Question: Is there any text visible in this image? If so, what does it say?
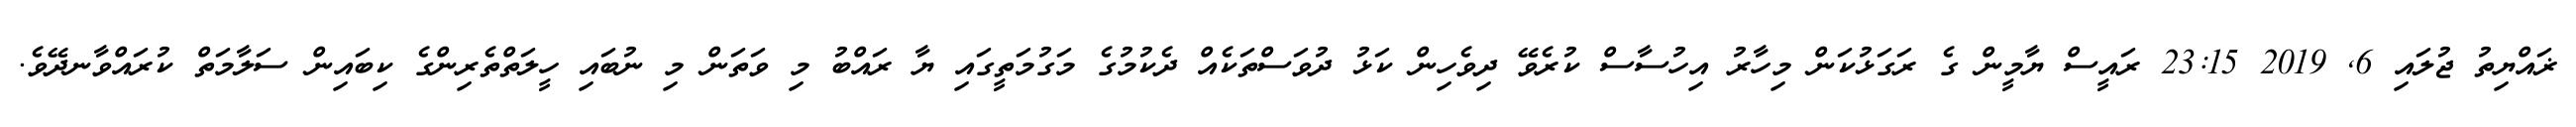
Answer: ޜައްޔިތު ޖުލައި 6, 2019 23:15 ރައީސް ޔާމީން ގެ ރަގަޅުކަން މިހާރު އިހުސާސް ކުރެވޭ ދިވެހިން ކަޅު ދުވަސްތަކެއް ދެކުމުގެ މަގުމަތީގައި ޔާ ރައްބު މި ވަތަން މި ނުބައި ހީލަތްތެރިންގެ ކިބައިން ސަލާމަތް ކުރައްވާނދޭވެ.